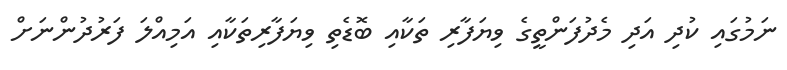
ނަމުގައި ކުދި އަދި މެދުފަންތީގެ ވިޔަފާރި ތަކާއި ބޮޑެތި ވިޔަފާރިތަކާއި އަމިއްލަ ފަރުދުންނަށް